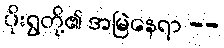
ပိုးရွတို့၏ အမြဲနေရာ --